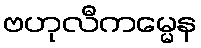
ဗဟုလီကမ္မေန